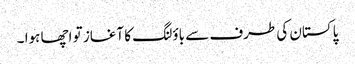
پاکستان کی طرف سے باؤلنگ کا آغاز تو اچھا ہوا ۔